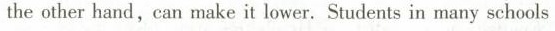
the other hand,can make it lower.Students in many schools